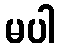
မပါ